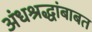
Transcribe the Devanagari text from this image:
अंधश्रद्धांबाबत